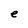
Character: e